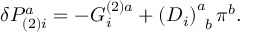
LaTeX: \delta { \cal P } _ { ( 2 ) i } ^ { a } = - G _ { i } ^ { ( 2 ) a } + \left( D _ { i } \right) _ { \; \; b } ^ { a } \pi ^ { b } .